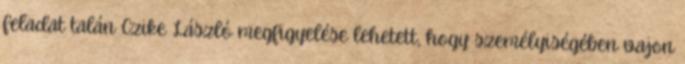
feladat ta­lán Czi­ke László megfigyelése lehetett, hogy személyiségében va­jon